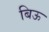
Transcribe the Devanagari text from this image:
बिऊ